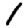
Digit: 1